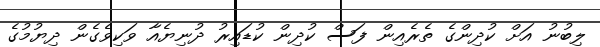
ލިބުނު އަށް ކުދިންގެ ތެރެއިން ފަސް ކުދިން ކުޑައިރު ދުނިޔެއާ ވަކިވެގެން ދިޔުމުގެ